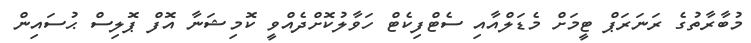
މުބާރާތުގެ ރަނަރަޕް ޓީމަށް މެޑަލްއާއި ސެޓްފިކެޓް ހަވާލުކޮށްދެއްވީ ކޮމިޝަނާ އޮފް ޕޮލިސް ޙުސައިން